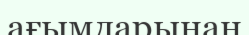
ағымдарынан